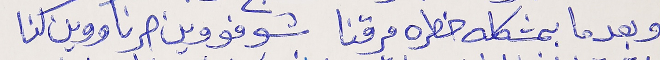
وبعدما بمشكله خطره مرقنا      شوفو وين صرنا ووين كنا